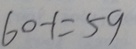
6 0 - 1 = 5 9